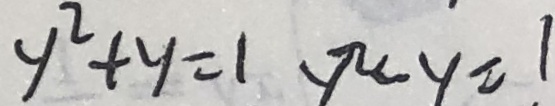
y ^ { 2 } + y = 1 y ^ { 2 } - y = 1